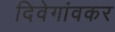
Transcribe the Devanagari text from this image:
दिवेगांवकर